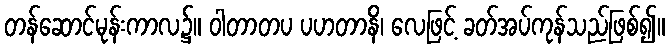
တန်ဆောင်မုန်းကာလ၌။ ဝါတာတပ ပဟတာနိ၊ လေဖြင့် ခတ်အပ်ကုန်သည်ဖြစ်၍။